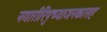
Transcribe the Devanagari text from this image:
नगारीरिपुच्याजनकासह